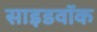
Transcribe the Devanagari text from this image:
साइडवॉक